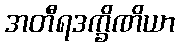
အတီရဒက္ခိဏိယာ